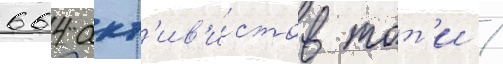
664 акт'ив'и́стов тот'и /